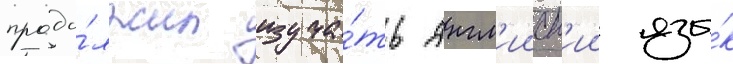
продо́лжил изуча́ть англ'ииск'ии язы́к